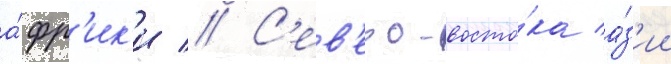
а́фр'ик'и // С'ев'еро-восто́ка а́з'ии